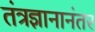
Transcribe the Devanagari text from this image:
तंत्रज्ञानानंतर